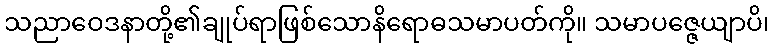
သညာဝေဒနာတို့၏ချုပ်ရာဖြစ်သောနိရောဓသမာပတ်ကို။ သမာပဇ္ဇေယျာပိ၊